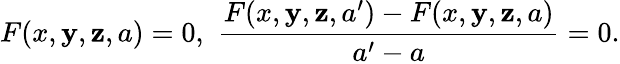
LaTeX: F(x,\mathbf{y},\mathbf{z},a)=0,\, \, {\frac{{F(x,\mathbf{y},\mathbf{z},a^{\prime})-F(x,\mathbf{y},\mathbf{z},a)}}{{a^{\prime}-a}}}=0.